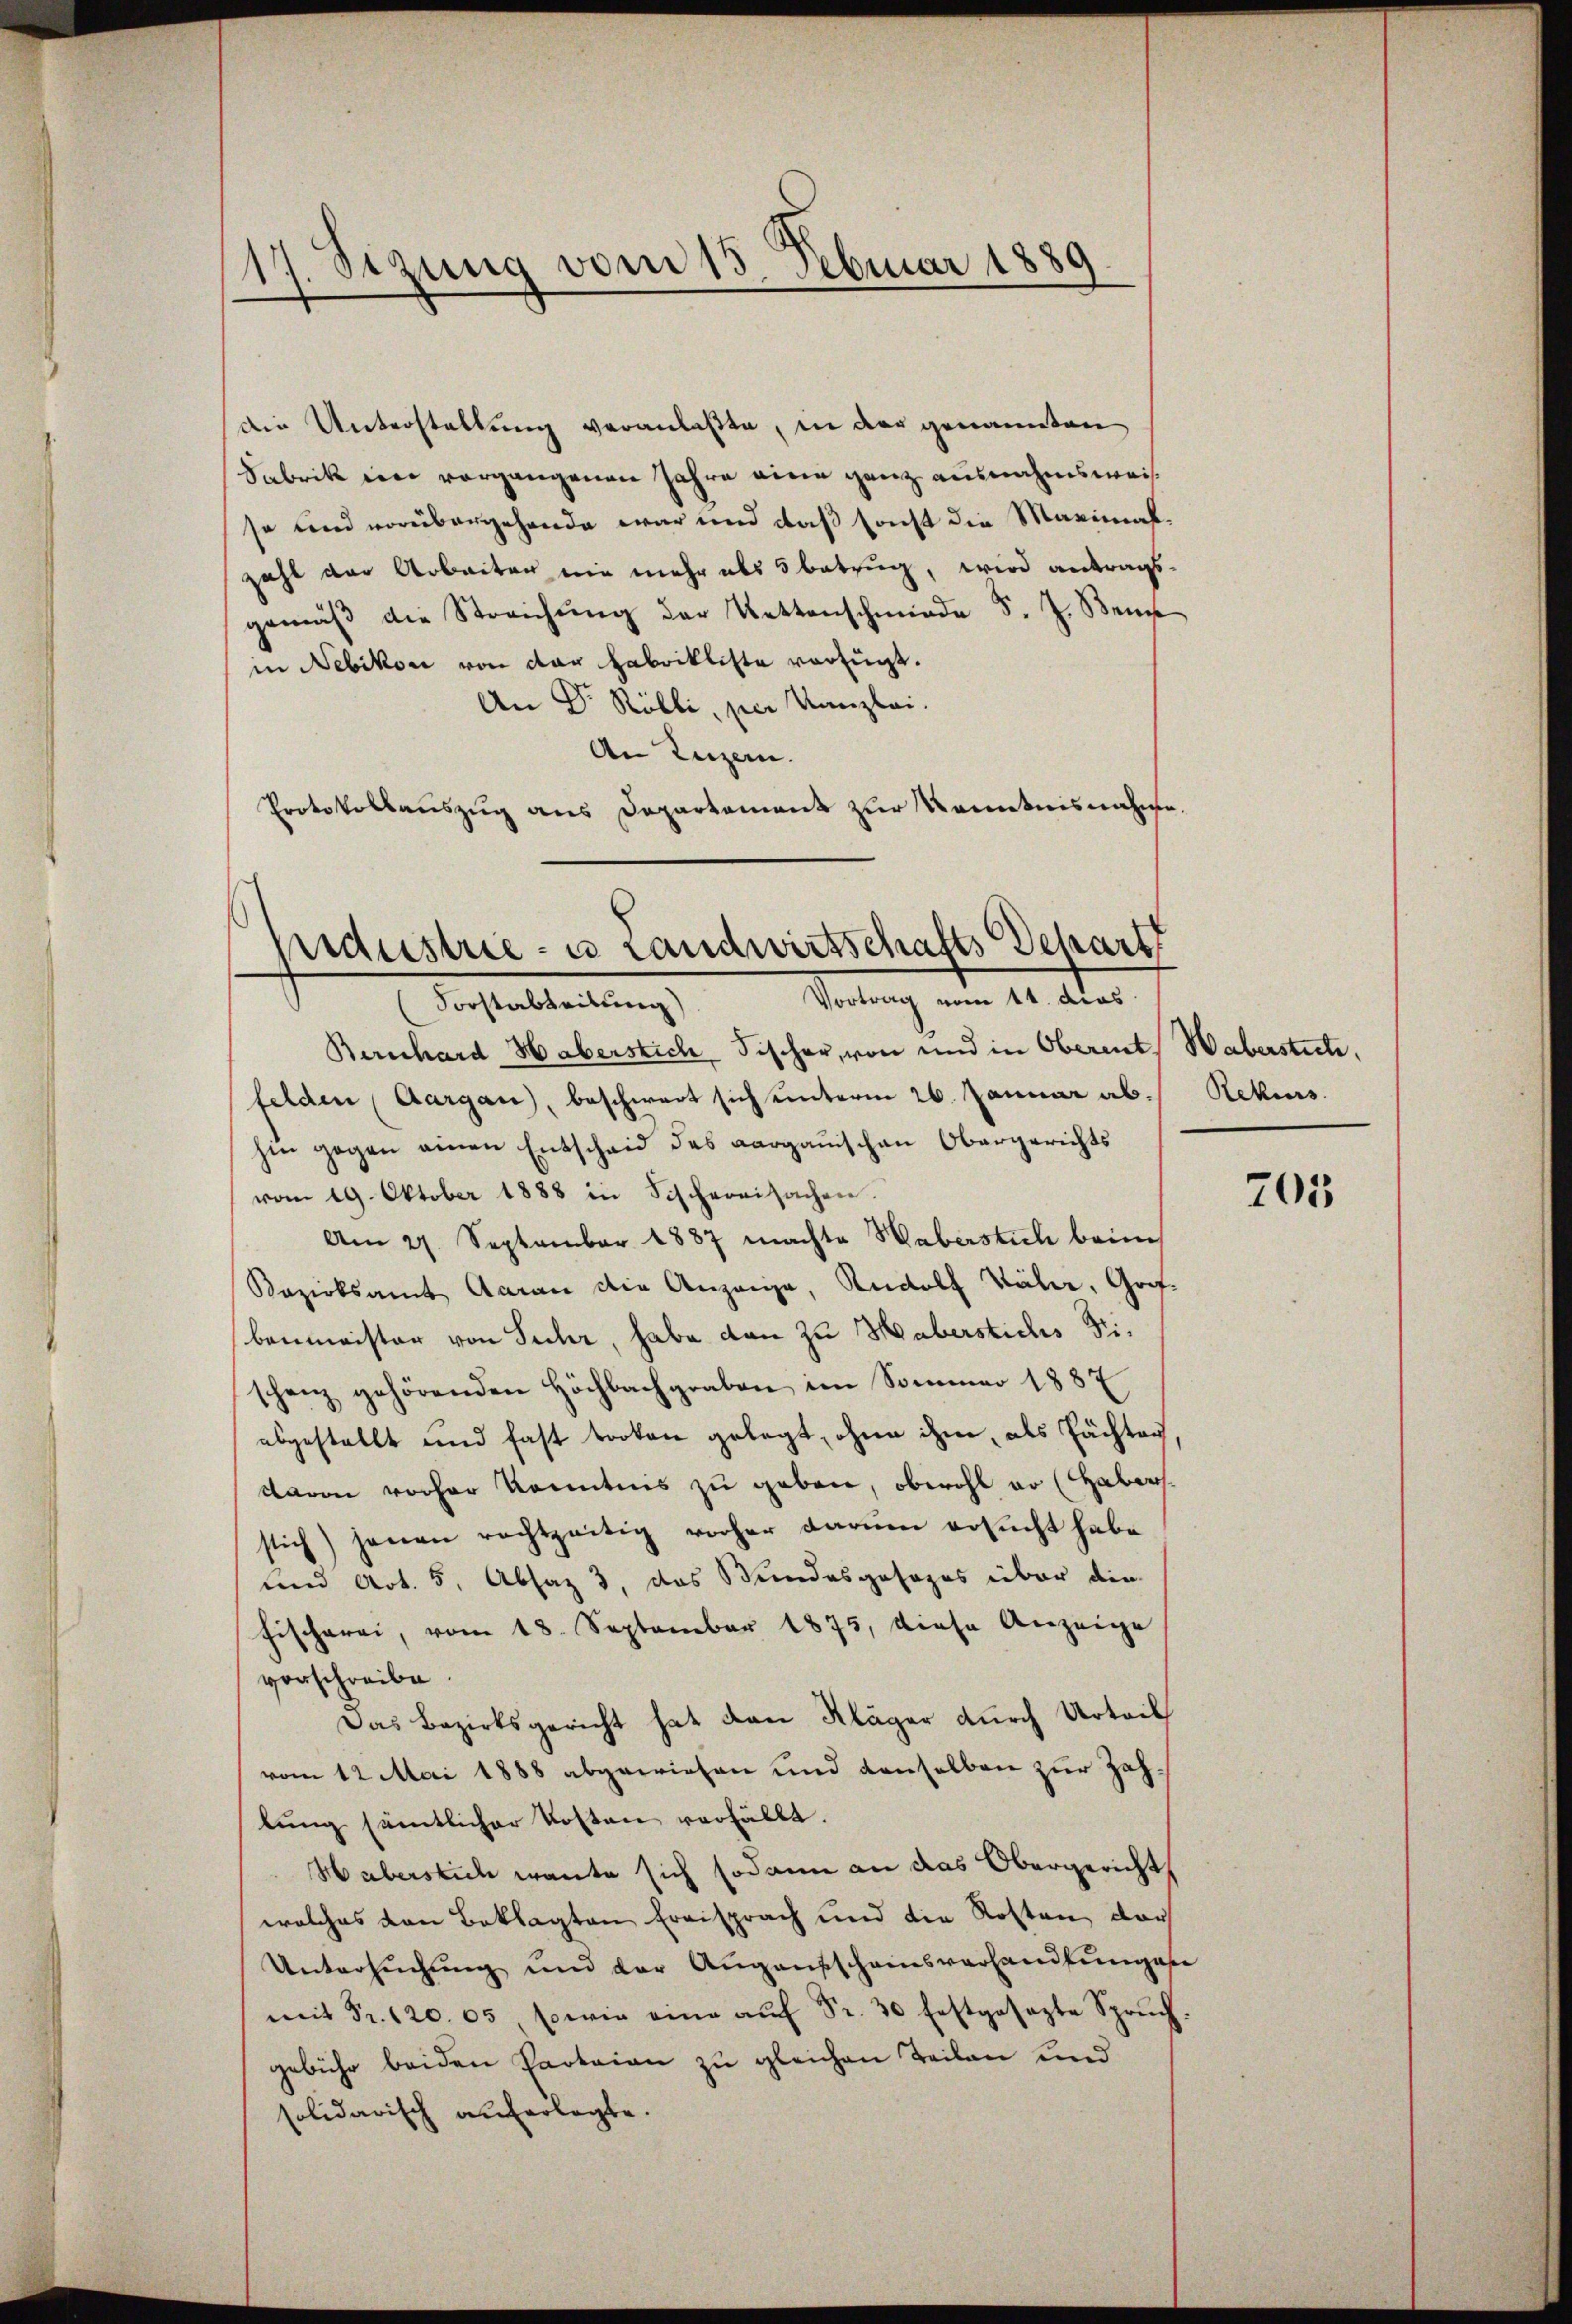
s
17. Sitzung vom 15. Februar 1889

die Unterstellung veranlaßte, in der genannten
Sabrik in vorgangenen Jahre eine ganz ausnahmsweiso und vorübergehende war und daß sonst die Maximalzahl der Arbeiten nie mehr als 5 betrug, wird antragsgemäβ die Streichŭng der Kettenschmiede d. J. Ben
in Nebikon von der Fabrikliste verfügt.
An Dr Rölli, per Kanzlei.
An Luzern.
Protokollauszug aus Departement zur Kenntnisnahme.

dustrie- u Landwirtschafts Schärft
Vortrag vom 14. dies
Forstableitung)

Bernhard-Haberstich Fischer, von und in Oberent, Waberstiche,
felden (Aargau), beschwert sich unterm 26. Januar ab.
hin gegen einen Entscheid des aargauischen Obergerichts
vom 19. Oktober 1888 in Fischereisachen.
Am 27. September 1887 machte Haberstich beim
Bezirksamt Aaran die Anzeige, Rudolf Bähr, Gof-
benmeister von Suhr, habe dan zu Haberstichs Fischanz gehörenden Höchbachgraben im Sommer 1887
abgestellt und fast troken gelegt, ohne ihm, als Pächten
daron vorher konntens zu geben, obwohl er (Haber
stich) jenen rechtzeitig vorher darŭm ersŭcht habe
und Art. 5, Absaz 3, das Bundesgesezes über die
Fischerei, vom 18. September 1875, diese Anzeige
vorschreibe.
Das Bezirksgericht hat den Kläger durch Urteil
vom 12 Mai 1888 abgewiesen und denselben zur Zahlung sämtlicher Kosten verfällt.
Haberstich wante sich sodann an das Obergericht
welches den Beklagten Ereisprach und die Rotten doch
Untersuchung und der Augensscheinsverhandlunges
mit Fr. 120. 65, sowie eine aŭf Fr. 30 festgesezte Sprŭch.
gebühr beiden Parteien zu gleichen Teilen und
solidarisch auferlegte.

Rekurs

b

203